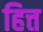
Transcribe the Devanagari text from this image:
हित्त